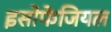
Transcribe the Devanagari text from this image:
इसोफेजियल